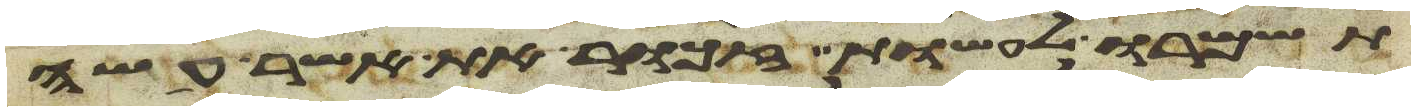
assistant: תשמרו לעשות זכור את אשר עשה